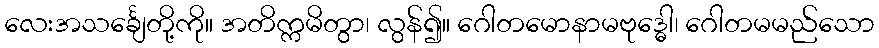
လေးအသင်္ချေတို့ကို။ အတိက္ကမိတွာ၊ လွန်၍။ ဂေါတမောနာမဗုဒ္ဓေါ၊ ဂေါတမမည်သော